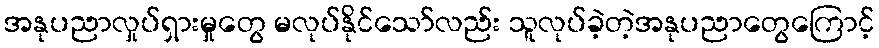
အနုပညာလှုပ်ရှားမှုတွေ မလုပ်နိုင်သော်လည်း သူလုပ်ခဲ့တဲ့အနုပညာတွေကြောင့်